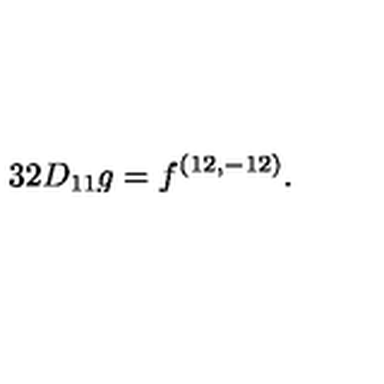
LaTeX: { 3 2 D _ { 1 1 } g = f ^ { ( 1 2 , - 1 2 ) } . }